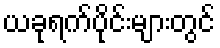
ယခုရက်ပိုင်းများတွင်